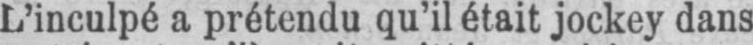
L’inculpé a prétendu qu’il était jockey dans